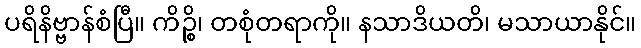
ပရိနိဗ္ဗာန်စံပြီ။ ကိဉ္စိ၊ တစုံတရာကို။ နသာဒိယတိ၊ မသာယာနိုင်။